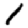
Digit: 1